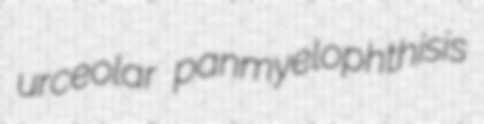
urceolar panmyelophthisis